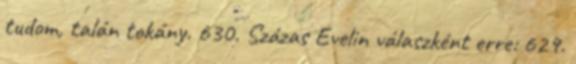
tudom, talán tokány. 630. Százas Evelin válaszként erre: 629.